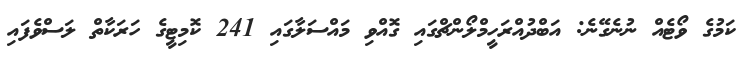
ކަމުގެ ވޯޓެއް ނުނެގޭނެ: އަބްދުއްރަހީމްލޯންޗްގައި ގޮއްވި މައްސަލާގައި 241 ކޮމިޓީގެ ހަރަކާތް ލަސްވެފައި